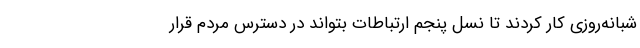
شبانه‌روزی کار کردند تا نسل پنجم ارتباطات بتواند در دسترس مردم قرار